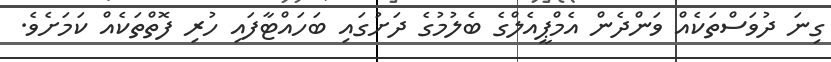
ގިނަ ދުވަސްތަކެއް ވަންދެން އެމްޕީއެލްގެ ބެލުމުގެ ދަށުގައި ބަހައްޓާފައި ހުރި ފޮތްތަކެއް ކަމަށެވެ.